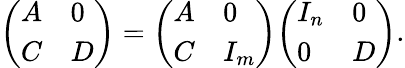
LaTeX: {\left(\begin{array}{ll}{A}&{0}\\ {C}&{D}\end{array}\right)}={\left(\begin{array}{ll}{A}&{0}\\ {C}&{I_{m}}\end{array}\right)}{\left(\begin{array}{ll}{I_{n}}&{0}\\ {0}&{D}\end{array}\right)}.